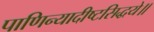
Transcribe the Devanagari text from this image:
पाणिन्यादीष्टसिद्धये॥